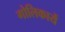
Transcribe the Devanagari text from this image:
गोलिकायें